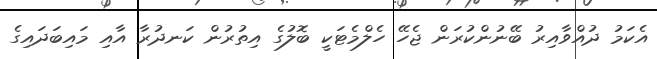
އެކަމު ދުއްވާއިރު ބޭނުންކުރަން ޖެހޭ ހެލްމެޓަކީ ބޮލުގެ އިތުރުން ކަނދުރާ އާއި މައިބަދައިގެ